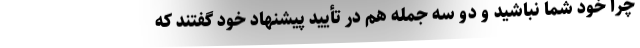
چرا خود شما نباشید و دو سه جمله هم در تأیید پیشنهاد خود گفتند که